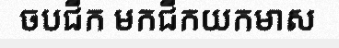
ចបជីក មកជីកយកមាស